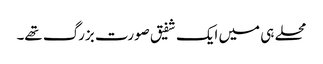
محلے ہی میں ایک شفیق صورت بزرگ تھے۔